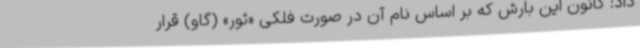
داد: کانون این بارش که بر اساس نام آن در صورت فلکی «ثور» (گاو) قرار